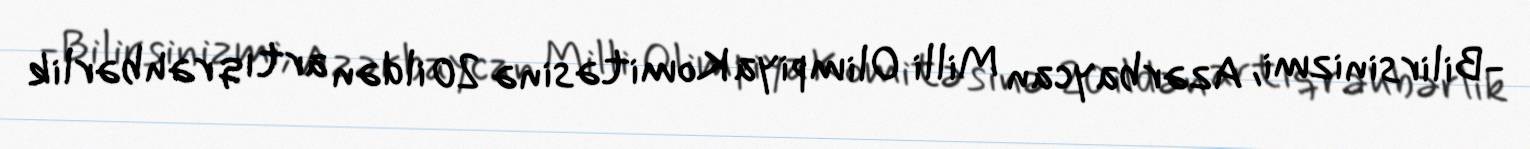
-Bilirsinizmi, Azərbaycan Milli Olimpiya Komitəsinə 20 ildən artıq rəhbərlik